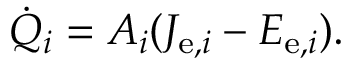
{ \dot { Q } } _ { i } = A _ { i } ( J _ { \mathrm { e } , i } - E _ { \mathrm { e } , i } ) .